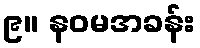
၉။ နဝမအခန်း